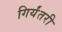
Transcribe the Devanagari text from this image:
गिर्यंतरी